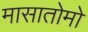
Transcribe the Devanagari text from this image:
मासातोमो